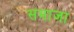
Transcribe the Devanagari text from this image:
समाजा